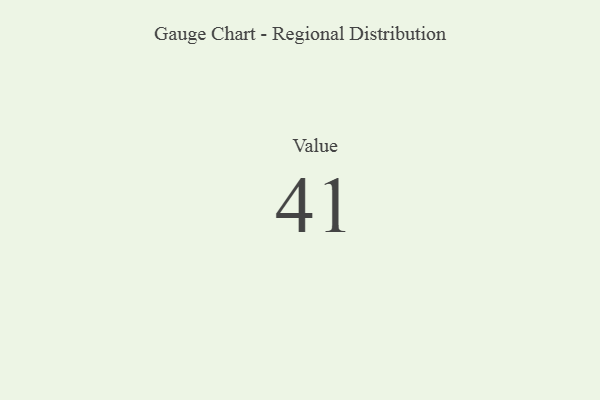
{"axis": {"x": "Metric", "y": "Value"}, "legend": [""], "data": [{"x": "Value", "y": 41, "type": ""}]}